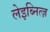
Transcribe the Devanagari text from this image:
लेइब्नित्ज़